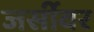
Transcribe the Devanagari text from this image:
जर्सीवर